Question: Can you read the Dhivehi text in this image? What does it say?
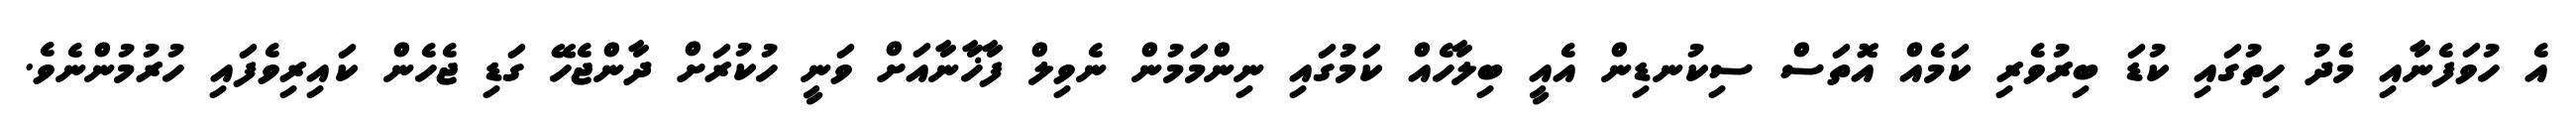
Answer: އެ ހުވަފެނާއި މެދު ހިތުގައި ކުޑަ ބިރުވެރި ކަމެއް އޮތަސް ސިކުނޑިން އެއީ ބިލާހެއް ކަމުގައި ނިންމަމުން ނެވިލް ފާޚާނާއަށް ވަނީ ހުކުރަށް ދާންޖެހޭ ގަޑި ޖެހެން ކައިރިވެފައި ހުރުމުންނެވެ.